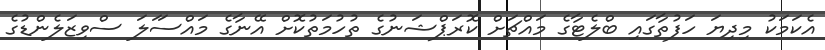
އެކަމަކު މިދިޔަ ހަފުތާގައި ބްލެޓާގެ މައްޗަށް ކޮރަޕްޝަނުގެ ތުހުމަތުކޮށް އޭނާގެ މައްސަަލަ ސްވިޒަލެންޑުގެ